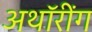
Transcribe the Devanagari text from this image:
अथॉरींग